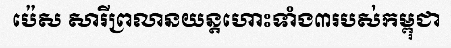
ប៉េស សារីព្រលានយន្តហោះទាំង៣របស់កម្ពុជា